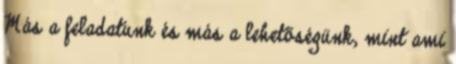
Más a feladatunk és más a lehetőségünk, mint ami